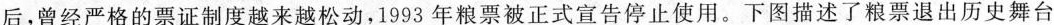
后，曾经严格的票证制度越来越松动，1993年粮票被正式宣告停止使用。下图描述了粮票退出历史舞台